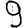
Digit: 9